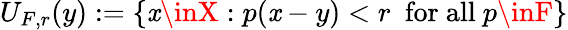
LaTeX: U_{F,r}(y):=\left\{ \mathit{x}\inX:p(\mathit{x}-y)<r\ {\mathrm{{~for~all~}}}p\inF\right\}